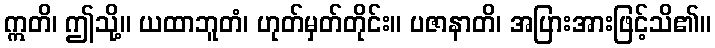
ဣတိ၊ ဤသို့။ ယထာဘူတံ၊ ဟုတ်မှတ်တိုင်း။ ပဇာနာတိ၊ အပြားအားဖြင့်သိ၏။